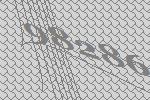
98286